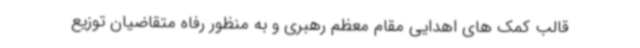
قالب کمک های اهدایی مقام معظم رهبری و به منظور رفاه متقاضیان توزیع